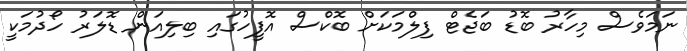
ނަމަވެސް މިހާރު ބޮޑު ބަޖެޓް ފިލްމަކަށް ބޮކްސް އޮފީހުގައި ބިލިއަން ޑޮލަރު ހޯދުމަކީ